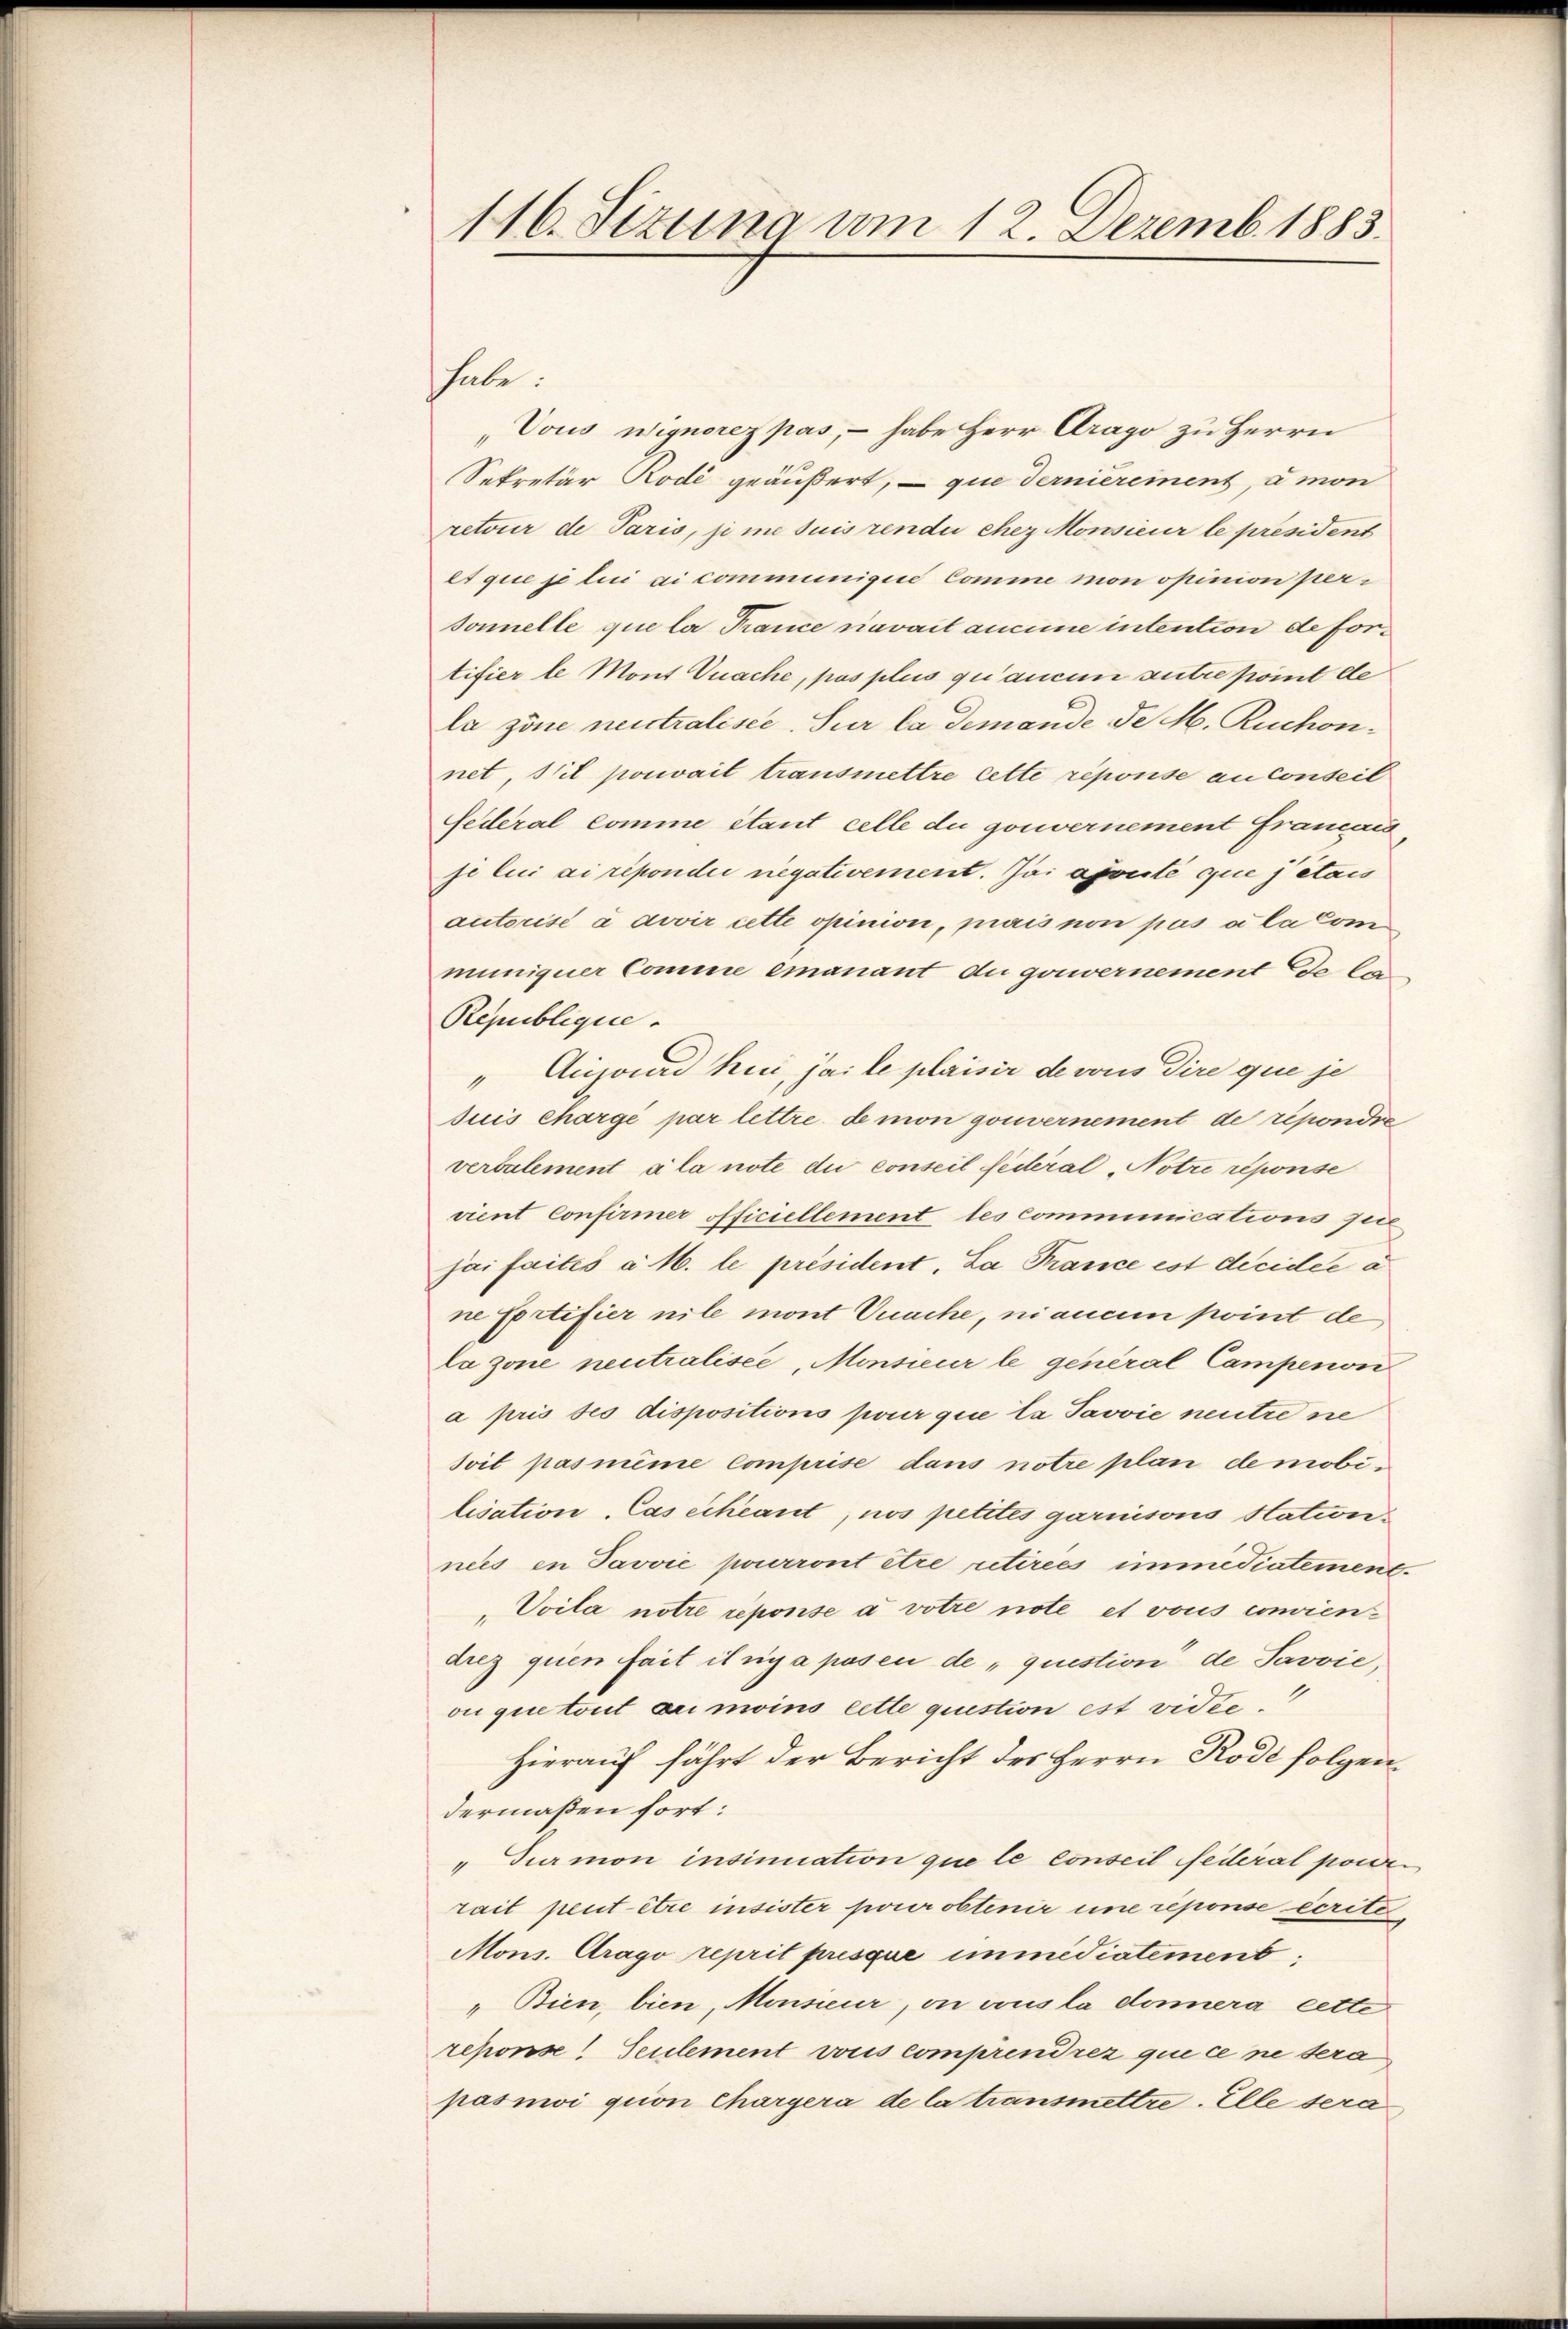
116. Sizung am 12. Dezemb. 1885.

habe.
„Vous Wignorez pas, - habe Herr Drago zu Herrn
Sekretär Rodé geäußert, – que dernierement, à mon
retour de Paris, si me suis rendii chez Monsieur le president
et que je lui ai communigine Comme mon opinion personnelle que la France navait aucune intention defortifier le Mont Vuache, pas plus qu’aucun autre point de
la zöne neutralisie. Sur la demande de M. Ruchonnet, s’il pouvait transmettre cette réponse au Conseil
Federal Comme étant celle du gouvernement Framais
ji lui ai répondii negativement. Ja ajouté que jétais
autorisé à doir cette opinion, prais non pas a la Communiquer Comme emanant du gouvernement de la
Republique.
"Aujoad hui, jaile plaisir de vous dire que je
suis chargé par lettre de mon gouvernement de répondre
verbulement à la note die conseil fédéral „Notre réponse
vient Confirmer officiellement les communications feie
jai faites a M. le président. La France est decidee a
ne Pertifier nit mont Unache, nianum point de
La zone neutralisée, Monsieur le general Campenon
a pris ses dispositions pour que la Javvie neutre ne
soit pasmême comprise dans notre plan de mobilisation, Cas échéant, nos petites garnisons Station
nees in Javvie pourront être retirées immédiatement.
„Voila notre réponse a votre note et vons convien
drez quien fait il n’y a posen de „question de Savvie,
ou que tout er moins cette question est vidie¬
Hierauf fährt der Bericht des Herrn Rode folgendermaßen fort:
"Turmon insinuation que le conseil Federat ponen
rait peut être insister pour obtenir une reponse écrite
Mons. Arago reprit presque immédiatement,
„Bien, bien, Monsieur, on aus la donera cette
reponse Seulement vons comprendrez que ce ne sera
pasnwi gion Chargera de la transmettre. Elle sera